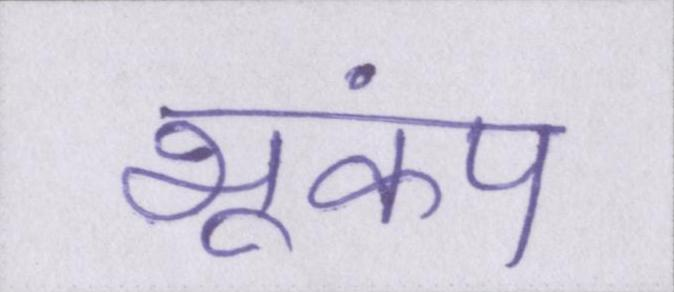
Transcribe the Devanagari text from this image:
भूकंप